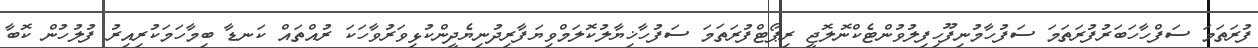
ފުރަތަމަ ސަފްހާހަބަރުފުރަތަމަ ސަފުހާމުނިފޫހިފިލުވުންޓެކްނޮލޮޖީ ރިޕޯޓްފުރަތަމަ ސަފުހާޚިޔާލުކޮލަމްވިޔަފާރިދުނިޔެދީންކުޅިވަރުވާހަކަ ރުއްތައް ކަނޑާ ބިމާހަމަކުރިއިރު ފުލުހުން ކޮބާ